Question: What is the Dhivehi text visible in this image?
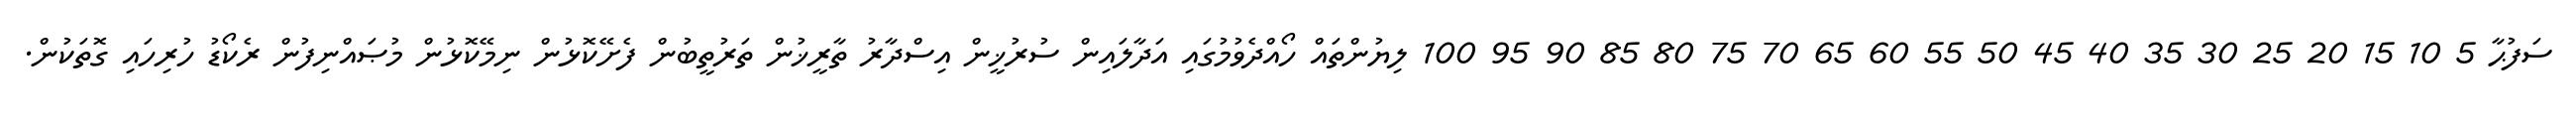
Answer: ސަފުޙާ 5 10 15 20 25 30 35 40 45 50 55 60 65 70 75 80 85 90 95 100 ލިޔުންތައް ހޯއްދެވުމުގައި އަދާލައިން ސުރުޚީން އިސްދާރު ތާރީޚުން ތަރުތީބުން ފެށޭކޮޅުން ނިމޭކޮޅުން މުޞައްނިފުން ރެކޯޑު ހުރިހައި ގޮތަކުން.